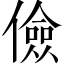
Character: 儉